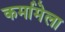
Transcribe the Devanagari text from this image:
कर्मामेला